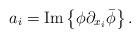
LaTeX: \begin{align*}a_i= {\rm{Im}} \left\{ \phi \partial_{x_i}\bar\phi \right\}.\end{align*}